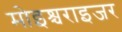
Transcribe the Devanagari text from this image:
मोइश्चराइजर